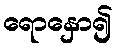
ရောနှော၍